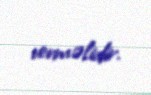
verməlidir.